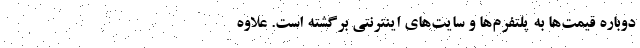
دوباره قیمت‌ها به پلتفرم‌ها و سایت‌های اینترنتی برگشته است. علاوه